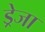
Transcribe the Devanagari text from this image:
ड्रेजा